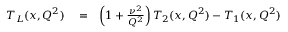
\begin{array} { r l r } { T _ { L } ( x , Q ^ { 2 } ) } & { { } = } & { \left( 1 + \frac { \nu ^ { 2 } } { Q ^ { 2 } } \right) T _ { 2 } ( x , Q ^ { 2 } ) - T _ { 1 } ( x , Q ^ { 2 } ) } \end{array}